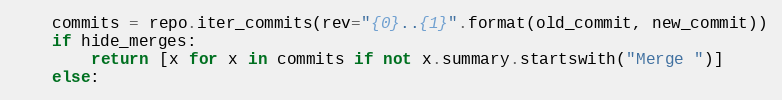
Language: Python
    commits = repo.iter_commits(rev="{0}..{1}".format(old_commit, new_commit))
    if hide_merges:
        return [x for x in commits if not x.summary.startswith("Merge ")]
    else: